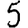
Digit: 5